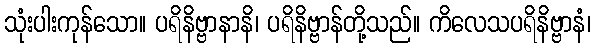
သုံးပါးကုန်သော။ ပရိနိဗ္ဗာနာနိ၊ ပရိနိဗ္ဗာန်တို့သည်။ ကိလေသပရိနိဗ္ဗာနံ၊